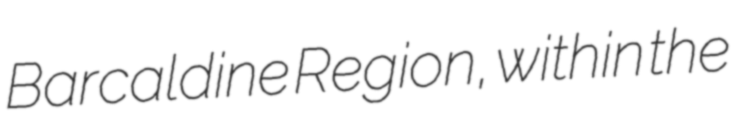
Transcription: Barcaldine Region, within the